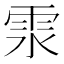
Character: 𩂍